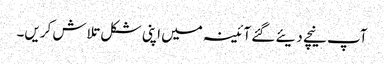
آپ نیچے دیئے گئے آئینہ میں اپنی شکل تلاش کریں۔